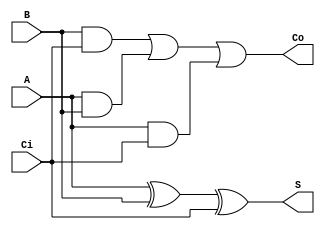
module FullAdder1(
	A,
	B,
	Ci,
	Co,
	S
);


input wire	A;
input wire	B;
input wire	Ci;
output wire	Co;
output wire	S;

wire	SYNTHESIZED_WIRE_0;
wire	SYNTHESIZED_WIRE_1;
wire	SYNTHESIZED_WIRE_2;
wire	SYNTHESIZED_WIRE_3;




assign	SYNTHESIZED_WIRE_3 = A & Ci;

assign	SYNTHESIZED_WIRE_1 = B & Ci;

assign	SYNTHESIZED_WIRE_2 = A & B;

assign	SYNTHESIZED_WIRE_0 = A ^ B;

assign	S = SYNTHESIZED_WIRE_0 ^ Ci;

assign	Co = SYNTHESIZED_WIRE_1 | SYNTHESIZED_WIRE_2 | SYNTHESIZED_WIRE_3;


endmodule